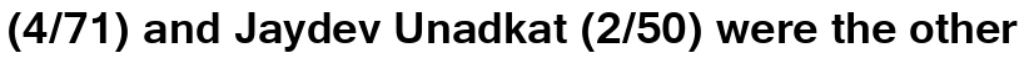
(4/71) and Jaydev Unadkat (2/50) were the other